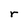
Character: r